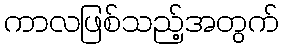
ကာလဖြစ်သည့်အတွက်